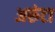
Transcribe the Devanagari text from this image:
अरुंटा